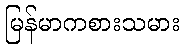
မြန်မာကစားသမား